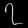
Digit: ၇